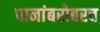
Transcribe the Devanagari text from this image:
पानांबरोबरच